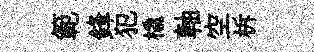
範鋒犯橇軸空柝